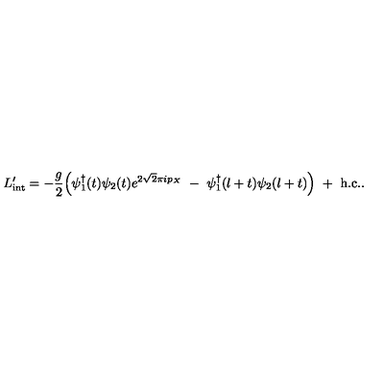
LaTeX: L _ { \mathrm { i n t } } ^ { \prime } = - { \frac { g } { 2 } } \Bigl ( \psi _ { 1 } ^ { \dagger } ( t ) \psi _ { 2 } ( t ) e ^ { 2 \sqrt { 2 } \pi i p _ { X } } \ - \ \psi _ { 1 } ^ { \dagger } ( l + t ) \psi _ { 2 } ( l + t ) \Bigr ) \ + \ \mathrm { h . c . } .